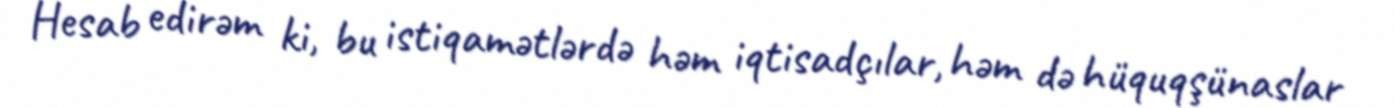
Hesab edirəm ki, bu istiqamətlərdə həm iqtisadçılar, həm də hüquqşünaslar